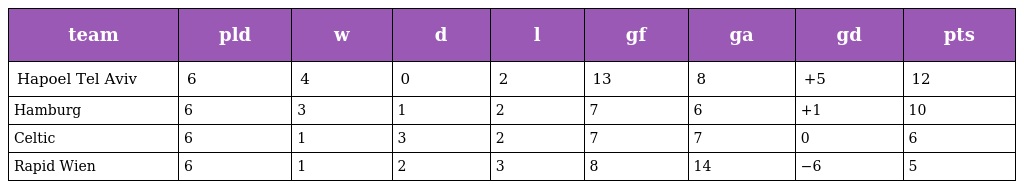
| team | pld | w | d | l | gf | ga | gd | pts |
 | --- | --- | --- | --- | --- | --- | --- | --- | --- |
 | Hapoel Tel Aviv | 6 | 4 | 0 | 2 | 13 | 8 | +5 | 12 |
 | Hamburg | 6 | 3 | 1 | 2 | 7 | 6 | +1 | 10 |
 | Celtic | 6 | 1 | 3 | 2 | 7 | 7 | 0 | 6 |
 | Rapid Wien | 6 | 1 | 2 | 3 | 8 | 14 | −6 | 5 |